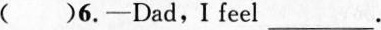
( )6. -Dad,I feel ___.